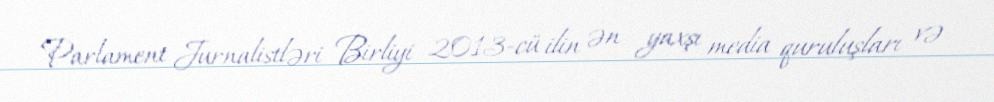
Parlament Jurnalistləri Birliyi 2013-cü ilin ən yaxşı media quruluşları və